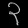
Digit: ၃